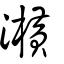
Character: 㶇